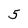
Character: 5